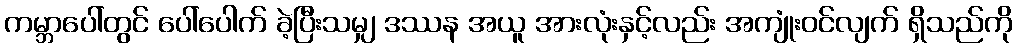
ကမ္ဘာပေါ်တွင် ပေါ်ပေါက် ခဲ့ပြီးသမျှ ဒဿန အယူ အားလုံးနှင့်လည်း အကျုံးဝင်လျက် ရှိသည်ကို